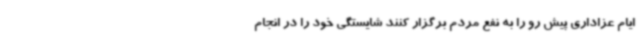
ایام عزاداری پیش رو را به نفع مردم برگزار کنند شایستگی خود را در انجام